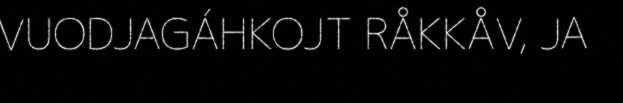
VUODJAGÁHKOJT RÅKKÅV, JA